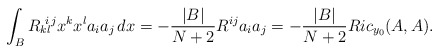
\begin{align*} \int_{B}R_k\!{}^i\!{}_l{}^jx^kx^l a_i a_j\,dx = -\frac{|B|}{N+2} R^{ij} a_i a_j= -\frac{|B|}{N+2} Ric_{y_0}(A,A).\end{align*}